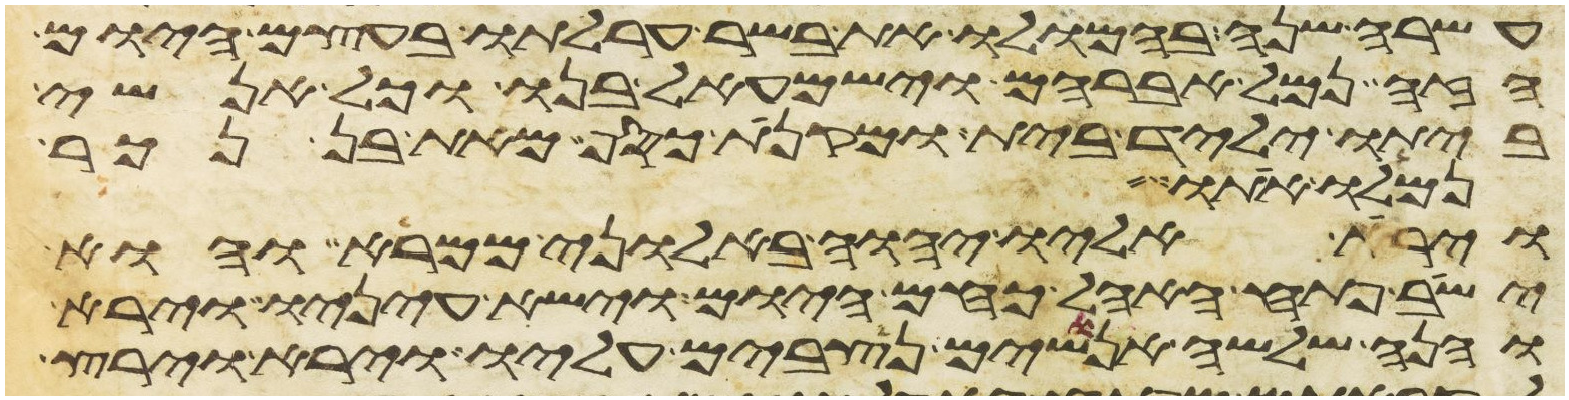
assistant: עשרה שנה בהמלו את בשר ערלתו בעצם היום
הזה נמל אברהם וישמעאל בנו וכל אנשי
ביתו יליד בית ומקנת כסף מאת בן נכר
נמלו אתו
וירא אליו יהוה באלוני ממרא והוא
ישב פתח האהל כחם היום וישא עיניו וירא
והנה שלשה אנושים נצבים עליו וירא וירץ